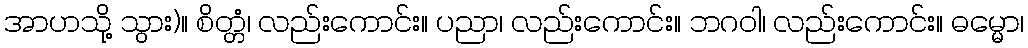
အာဟသို့ သွား)။ စိတ္တံ၊ လည်းကောင်း။ ပညာ၊ လည်းကောင်း။ ဘဂဝါ၊ လည်းကောင်း။ ဓမ္မော၊